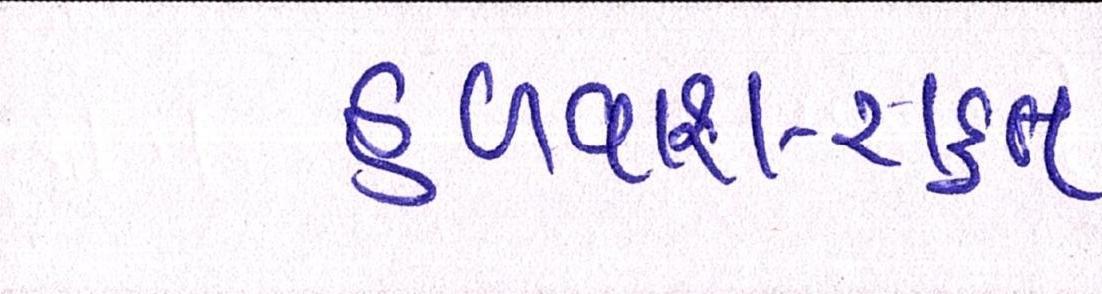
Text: હળવાશ-રાહત